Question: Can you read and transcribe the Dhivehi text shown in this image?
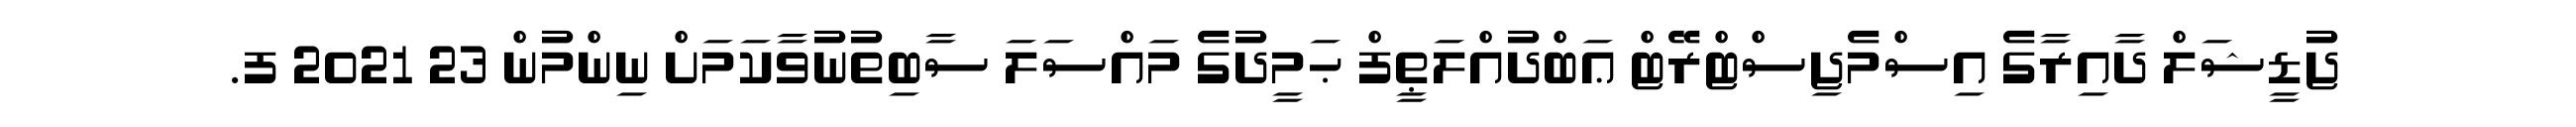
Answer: ޖުޑީޝަލް ދާއިރާގެ އިސްމެޖިސްޓްރޭޓް ޢަބްދުއްލަޠީފް ޙަމީދުގެ މައްސަލަ ސާބިތުނުވާކަމަށް ނިންމުން 23 2021 ފ.